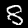
Label: 8